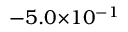
- 5 . 0 { \times } 1 0 ^ { - 1 }